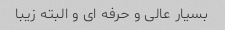
بسیار عالی و حرفه ای و البته زیبا